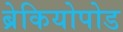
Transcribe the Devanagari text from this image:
ब्रेकियोपोड